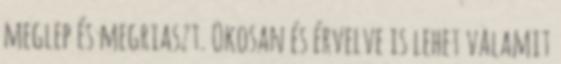
meglep és megriaszt. Okosan és érvelve is lehet valamit